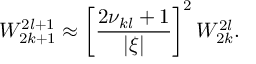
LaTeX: W _ { 2 k + 1 } ^ { 2 l + 1 } \approx \left[ \frac { 2 \nu _ { k l } + 1 } { | \xi | } \right] ^ { 2 } W _ { 2 k } ^ { 2 l } .